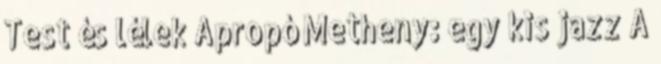
Test és lélek Apropó Metheny: egy kis jazz A